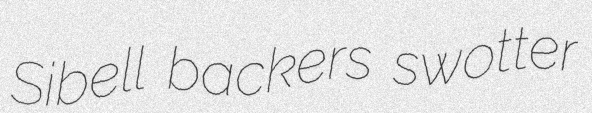
Sibell backers swotter